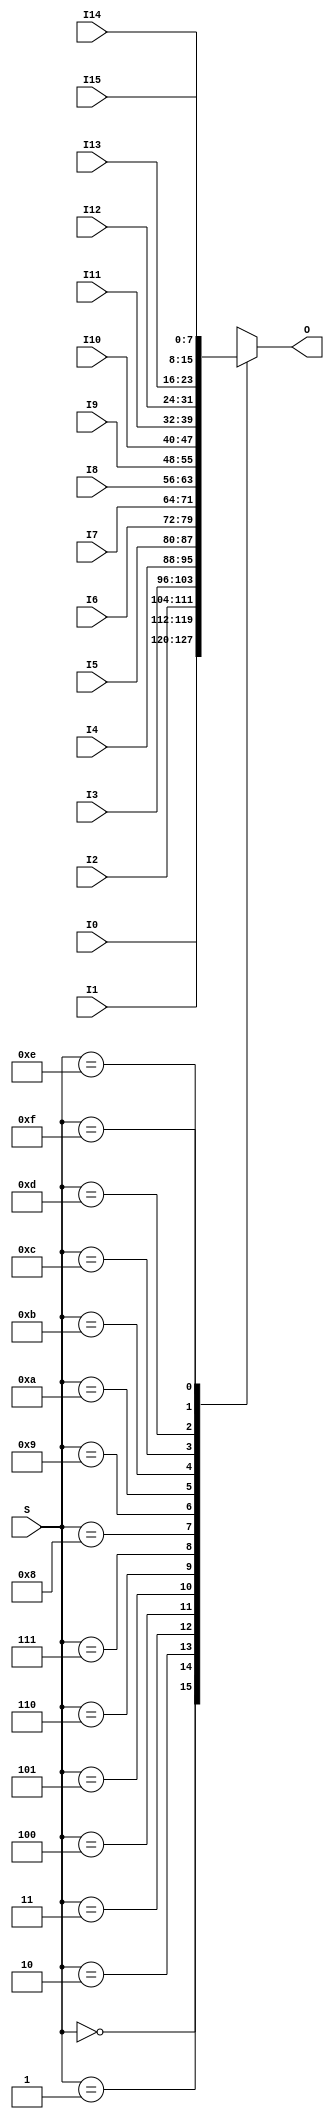
`timescale 1ns / 1ps
module MULTP_16 #(parameter N=8)(
    //input: 16 N-bit
    //output 1 N-bit
	input [N-1:0]I0,
	input [N-1:0]I1,
	input [N-1:0]I2,
	input [N-1:0]I3,
	input [N-1:0]I4,
	input [N-1:0]I5,
	input [N-1:0]I6,
	input [N-1:0]I7,
	input [N-1:0]I8,
	input [N-1:0]I9,
	input [N-1:0]I10,
	input [N-1:0]I11,
	input [N-1:0]I12,
	input [N-1:0]I13,
	input [N-1:0]I14,
	input [N-1:0]I15,
	input [3:0]S,
	output reg [N-1:0]O
    );

(* dont_touch *)
always @* begin
	case(S)
		4'b0000: O = I0;
		4'b0001: O = I1;
		4'b0010: O = I2;
		4'b0011: O = I3;
		4'b0100: O = I4;
		4'b0101: O = I5;
		4'b0110: O = I6;
		4'b0111: O = I7;
		4'b1000: O = I8;
		4'b1001: O = I9;
		4'b1010: O = I10;
		4'b1011: O = I11;
		4'b1100: O = I12;
		4'b1101: O = I13;
		4'b1110: O = I14;
		4'b1111: O = I15;
	endcase
end

endmodule